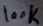
Text: 100K